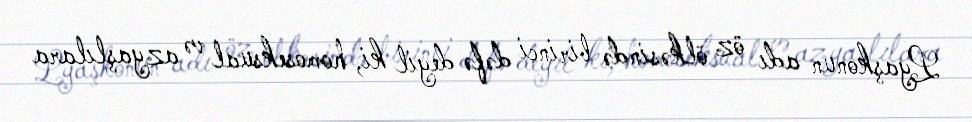
Lyaşkonun adı öz ölkəsində birinci dəfə deyil ki, homoseksual və azyaşlılara